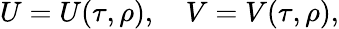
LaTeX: U=U(\tau,\rho),\quad V=V(\tau,\rho),